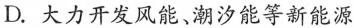
D. 大力开发风能、潮汐能等新能源